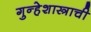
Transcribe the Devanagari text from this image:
गुन्हेशास्त्राची